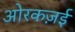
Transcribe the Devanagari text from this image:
ओरकज़ई